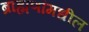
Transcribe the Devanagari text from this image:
ब्राह्मणांमधील